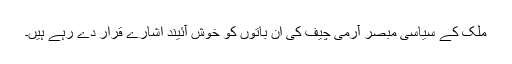
ملک کے سیاسی مبصر آرمی چیف کی ان باتوں کو خوش آئیند اشارے قرار دے رہے ہیں۔